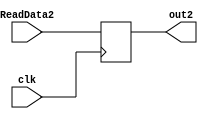
`timescale 1ns / 1ps
//////////////////////////////////////////////////////////////////////////////////
// Company: 
// Engineer: 
// 
// Design Name: 
// Module Name: BDR
// Project Name: 
// Target Devices: 
// Tool Versions: 
// Description: 
// 
// Dependencies: 
// 
// Revision:
// Revision 0.01 - File Created
// Additional Comments:
// 
//////////////////////////////////////////////////////////////////////////////////


module BDR(clk, ReadData2, out2);
    input clk; // 
    input [31:0] ReadData2;  // 
    output reg [31:0] out2; // 
    
    always @(posedge clk) begin
        out2 = ReadData2;
    end
endmodule